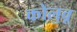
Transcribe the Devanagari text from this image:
कोलुवू